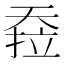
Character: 𰋪